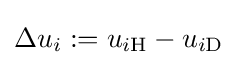
\Delta u_{i}:=u_{i\mathrm {H} }-u_{i\mathrm {D} }